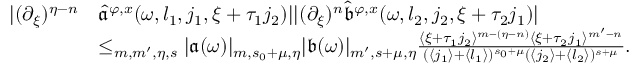
\begin{array} { r l } { | ( \partial _ { \xi } ) ^ { \eta - n } } & { \widehat { \mathfrak { a } } ^ { \varphi , x } ( \omega , l _ { 1 } , j _ { 1 } , \xi + \tau _ { 1 } j _ { 2 } ) | | ( \partial _ { \xi } ) ^ { n } \widehat { \mathfrak { b } } ^ { \varphi , x } ( \omega , l _ { 2 } , j _ { 2 } , \xi + \tau _ { 2 } j _ { 1 } ) | } \\ & { \le _ { m , m ^ { \prime } , \eta , s } | \mathfrak { a } ( \omega ) | _ { m , s _ { 0 } + \mu , \eta } | \mathfrak { b } ( \omega ) | _ { m ^ { \prime } , s + \mu , \eta } \frac { \langle \xi + \tau _ { 1 } j _ { 2 } \rangle ^ { m - ( \eta - n ) } \langle \xi + \tau _ { 2 } j _ { 1 } \rangle ^ { m ^ { \prime } - n } } { ( \langle j _ { 1 } \rangle + \langle l _ { 1 } \rangle ) ^ { s _ { 0 } + \mu } ( \langle j _ { 2 } \rangle + \langle l _ { 2 } \rangle ) ^ { s + \mu } } . } \end{array}